Report of the Municipal Commissioner on the plague in Bombay for the year ending 31st May... - Volume 1
Disease focus: Plague
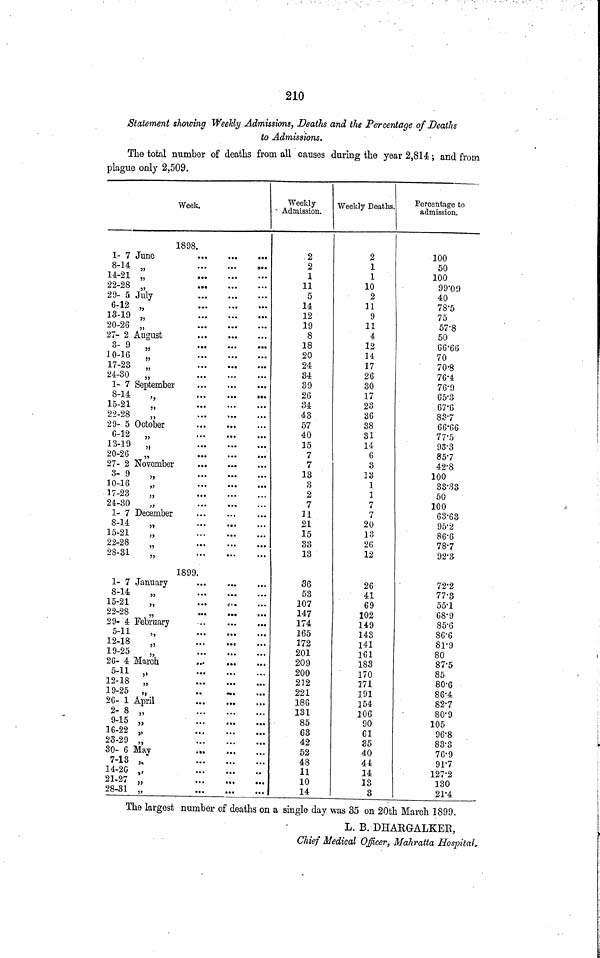
210
Statement showing Weekly Admissions, Deaths and the Percentage of Deaths
to Admissions,
The total number of deaths from all causes during the year 2,814; and from
plague only 2,509.
1- 7 June
8-14 „
14-21 „
22-28 „
29-5 July
6-12 „
13-19 „
20-26 „
27- 2 August
3- 9 „
10-16
„
17-23
„
24-30 „
Week
1898.
1- 7 September
8-14
15-21
22-28
29-5 October
6-12
„
13-19
„
20-26 „
27- 2 November
3- 9
10-16
17-23
,
24-30
1- 7 Decembe
8-14
15-21
,
22-28
28-31
„
1- 7 January
8-14
15-21
22-28
29-4 February
5-11
12-18
„
19-25
„
26- 4 March
5-11 „
12-18 „
19-25
„
26- 1 April
2- 8 „
9-15 „
16-22 „
23-29 „
30- 6 May
7-13 ,/
14-20 „
21-27 „
28-31 „
c
1890
·· ·
...
··· ....
...
....
...
·· ·
...
...
...
...
...
9 · ·
...
. . .
..„
...
. . .
. . .
· . .
·· ·
. . .
...
. . .
...
...
...
.. .
··.
...
.
. . .
...
. . ·
. . .
• . .
...
. . .
. . .
»··
. . .
· · ·
. .
· · ·
...
...
....
. . .
.«.
...
...
...
. . .
. . .
. . .
. . .
...
,..
...
...
·«·
. . .
. . .
. . .
· · ·
..·
...
. . .
...
. . .
. . .
. . .
. ··
...
. · ·
. . .
. . ·
. . .
. . .
...
· · >
.,.
...
. . .
«·«
»·.
c« ·
···
·· ·
···
...
·»·
...
·»·
mi
*··
.*.
...
...
...
...
...
··*
...
...
....
....
...
...
...
...
....
...
...
»·«
...
...
...
...
·«»
...
...
...
...
...
...
...
...
...
• · .
...
...
...
...
...
...
...
...
...
...
...
...
...
...
·..
...
...
...
...
...
...
...
...
· ·
...
...
Weekly
Admission.
2
2
1
11
5
14
12
19
8
18
20
24
34
39
26
34
43
57
40
15
7
7
13
3
2
7
Π
21
15
33
13
36
53
107
147
174
165
172
201
209
200
212
221
186
131
85
63
42
52
48
11
10
14
Weekly Deaths.
2
1
1
10
2
11
9
11
4
12
14
17
26
30
17
23
36
38
31
14
6
3
13
1
1
7
7
20
13
26
12
26
41
69
102
149
143
141
161
183
170
271
191
154
106
90
61
35
40
44
14
13
3
Percentage to
admission.
100
50
100
99·09
40
78·5
75
57·8
50
66·66
70
70·8
76·4
76·0
65·3
67·6
88·7
66·66
77·5
95·3
85·7
42·8
100
33·33
50
100
63·63
95·2
86·6
78·7
92·3
72·2
77·3
55·1
68·9
85·6
86·6
81·9
80
87·5
85
80·6
86·4
82·7
80·9
105
96·8
83·3
76·9
91·7
127·2
130
21·4
The largest number of deaths on a single day was 35 on 20th March 1899.
L. B. DHARGALKER,
Chief Medical Officer, Mahratta Hospital.